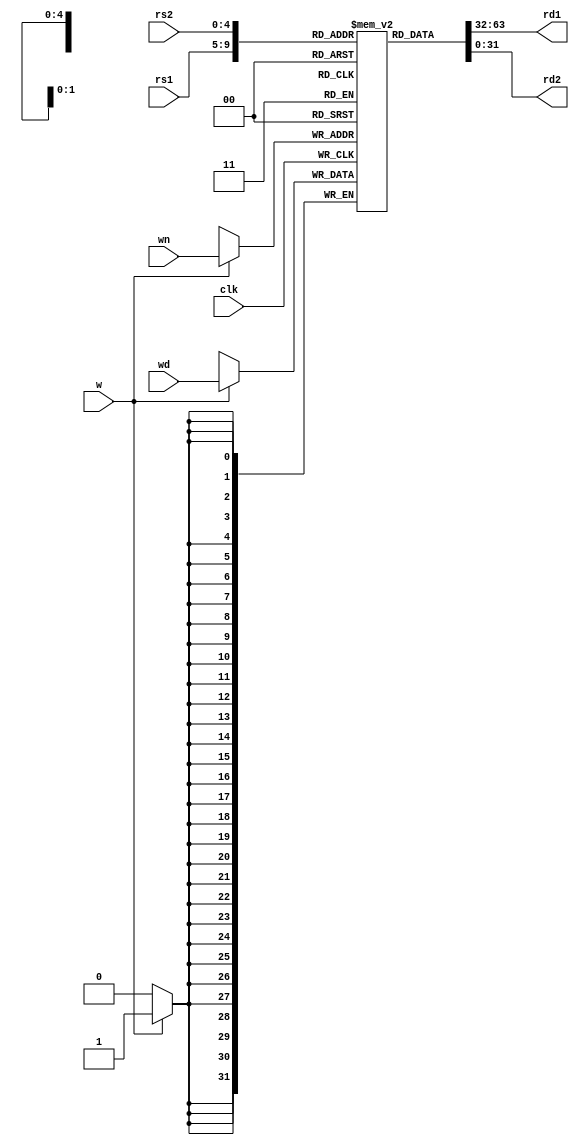
module rf(rd1, rd2, rs1, rs2, wn, wd, clk, w);
    input [4:0] rs1, rs2, wn;      //5 bit 
    input [31:0] wd;
    input clk, w;
    output [31:0] rd1, rd2;
    reg [31:0] rf[31:0];            //32, 32-bit registers

    assign rd1=rf[rs1];
    assign rd2=rf[rs2];

    always @(posedge clk)
        if(w) rf[wn]<= wd;      //if w=1, write wd (data) into register # wn 

endmodule

module labM;
    reg [4:0] rs1, rs2;
    reg [4:0] wn;      //5 bit 
    reg [31:0] wd;
    reg clk, w, flag, i;
    wire [31:0] rd1, rd2;
    rf myRF(rd1, rd2, rs1, rs2, wn, wd, clk, w);

    initial
    begin
        //flag = $value$plusargs("w=%b", w);
        w=1;
        for (i = 0; i < 32; i = i + 1)
        begin
        clk = 0;
        wd = i * i;
        wn = i;
        clk = 1;
        #1;
        end
    end

    initial
    repeat(10)
    begin
        rs1 = $random%32;
        rs2 = $random%32;
        #5 $display(" rs1 ==> %0d\n rs2 ==> %0d\n rd1 ==> %0d\n rd2 ==> %0d\n", rs1, rs2, rd1, rd2);	
    end
    always
    begin
            #1 clk = ~clk;
    end 
endmodule